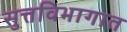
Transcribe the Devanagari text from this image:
सुत्तविभागात